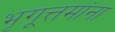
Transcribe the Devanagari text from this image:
भृगूत्तमांना